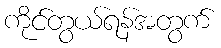
ကိုင်တွယ်ရန်အတွက်